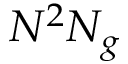
N ^ { 2 } N _ { g }